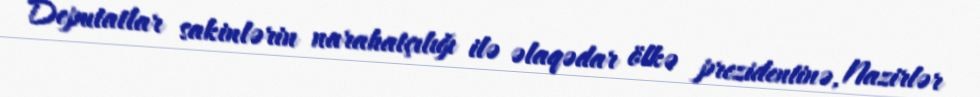
Deputatlar sakinlərin narahatçılığı ilə əlaqədar ölkə prezidentinə, Nazirlər